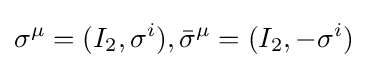
\sigma ^{\mu }=(I_{2},\sigma ^{i}),{\bar {\sigma }}^{\mu }=(I_{2},-\sigma ^{i})